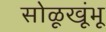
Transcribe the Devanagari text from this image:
सोळूखूंभू